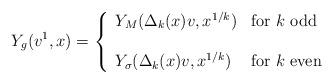
LaTeX: \begin{align*}Y_g(v^1, x) = \left\{ \begin{array}{ll}Y_M(\Delta_k(x)v, x^{1/k}) & \mbox{for $k$ odd}\\\\Y_\sigma(\Delta_k(x)v, x^{1/k}) & \mbox{for $k$ even}\end{array} \right.\end{align*}